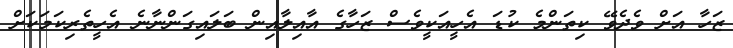
ޒަހާ އަށް ވެދެވޭ ކިތަންމެ ކުޑަ އެހީއަކީވެސް ޒަހާގެ އާއިލާއިން ބަލައިގަންނާނެ އެހީތެރިކަމަކަށް